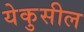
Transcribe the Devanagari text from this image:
येकुसील